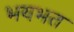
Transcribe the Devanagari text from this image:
भयभत